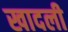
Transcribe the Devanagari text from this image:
खादली